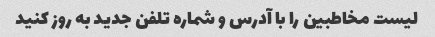
لیست مخاطبین را با آدرس و شماره تلفن جدید به روز کنید